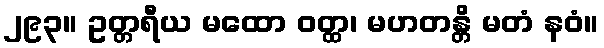
၂၉၃။ ဥတ္တရီယ မထော ဝတ္ထ၊ မဟတန္တိ မတံ နဝံ။